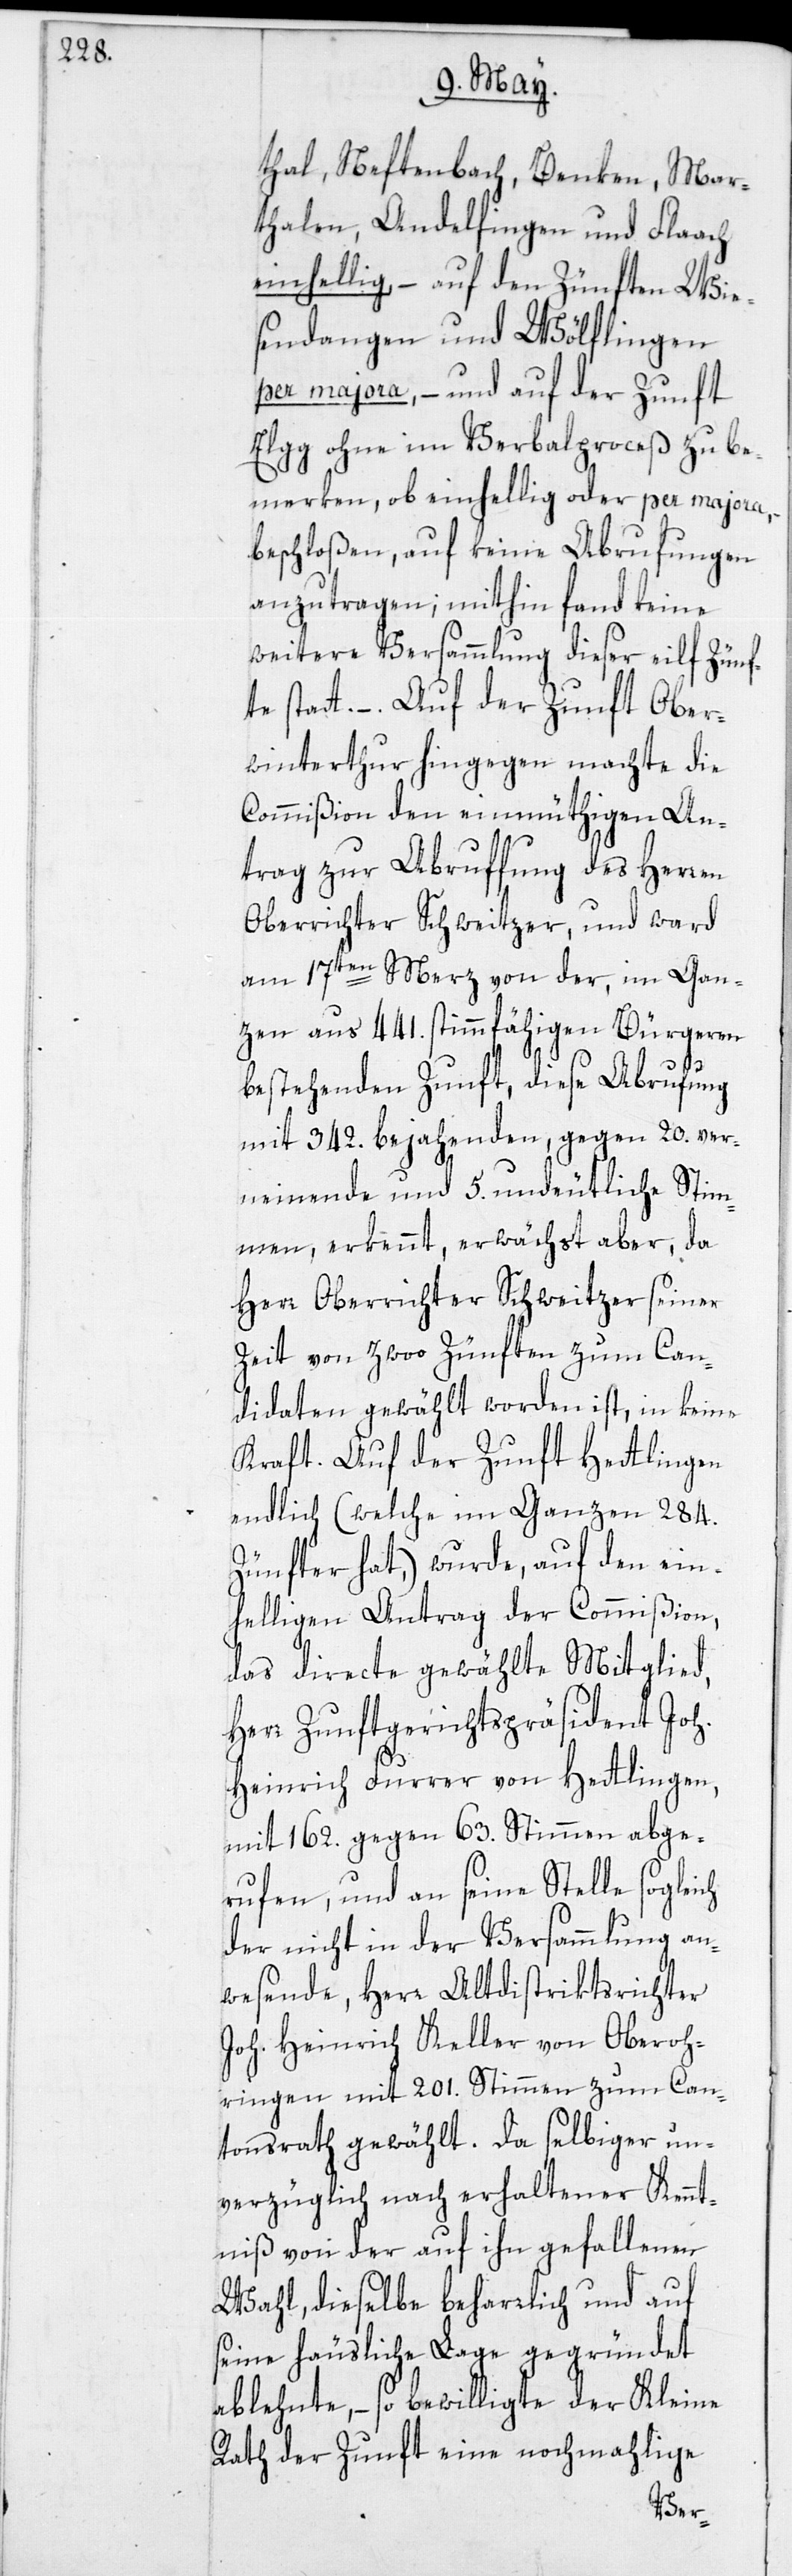
thal, Neftenbach, Benken, Mar¬
thalen, Andelfingen und Flaach
einhellig, – auf den Zünften Wie¬
sendangen und Wölflingen
per majora, – und auf der Zunft
Elgg ohne im Verbalproceß zu be¬
merken, ob einhellig oder per majora,
beschloßen, auf keine Abrufungen
anzutragen; mithin fand keine
weitere Versammlung dieser eilf Zünf¬
te statt. – Auf der Zunft Ober¬
winterthur hingegen machte die
Commißion den einmüthigen An¬
trag zur Abruffung des Herren
Oberrichter Schweitzer, und ward
am 17ten Merz von der, im Gan¬
zen aus 441. stimmfähigen Bürgeren
bestehenden Zunft, diese Abrufung
mit 342. bejahenden, gegen 20. ver¬
neinende und 5. undeutliche Stim¬
men, erkennt, erwächst aber, da
Herr Oberrichter Schweitzer seiner
Zeit von zwoo Zünften zum Can¬
didaten gewählt worden ist, in keine
Kraft. Auf der Zunft Hettlingen
endlich (welche im Ganzen 284.
Zünfter hat,) wurde, auf den ein¬
helligen Antrag der Commißion,
das directe gewählte Mitglied,
Herr Zunftgerichtspräsident Joh.
Heinrich Furrer von Hettlingen,
mit 162. gegen 63. Stimmen abge¬
rufen, und an seine Stelle sogleich
der nicht in der Versammlung an¬
wesende, Herr Altdistriktsrichter
Joh. Heinrich Keller von Oberoh¬
ringen mit 201. Stimmen zum Can¬
tonsrath gewählt. Da selbiger un¬
verzüglich nach erhaltener Kennt¬
niß von der auf ihn gefallenen
Wahl, dieselbe beharrlich und auf
seine häusliche Lage gegründet
ablehnte, – so bewilligte der Kleine
Rath der Zunft eine nochmahlige